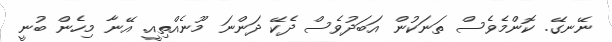
ނޭނގޭ. ކޮންމެވެސް ތަނަކުން އަބަދުވެސް ދެކޭ ދަންނަ މޫނެއްތިއީ. އޭނާ މިހެން ބުނީ